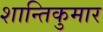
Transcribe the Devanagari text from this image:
शान्तिकुमार